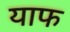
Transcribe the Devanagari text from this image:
याफ